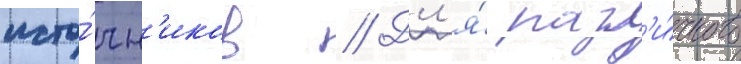
исто́чн'иков // Дл'я́ разл'и́чного